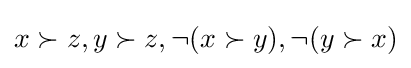
x\succ z,y\succ z,\neg (x\succ y),\neg (y\succ x)